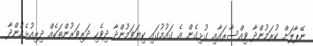
ނޭޕާލަށް ކުރަމުންދާ ވިއްސާރައާއި ގުޅިގެން އެ ގައުމުގައި ކިޔަވަމުންދާ ދިވެހި ދަރިވަރުންތަކެއް ދިރިއުޅެމުންދާ